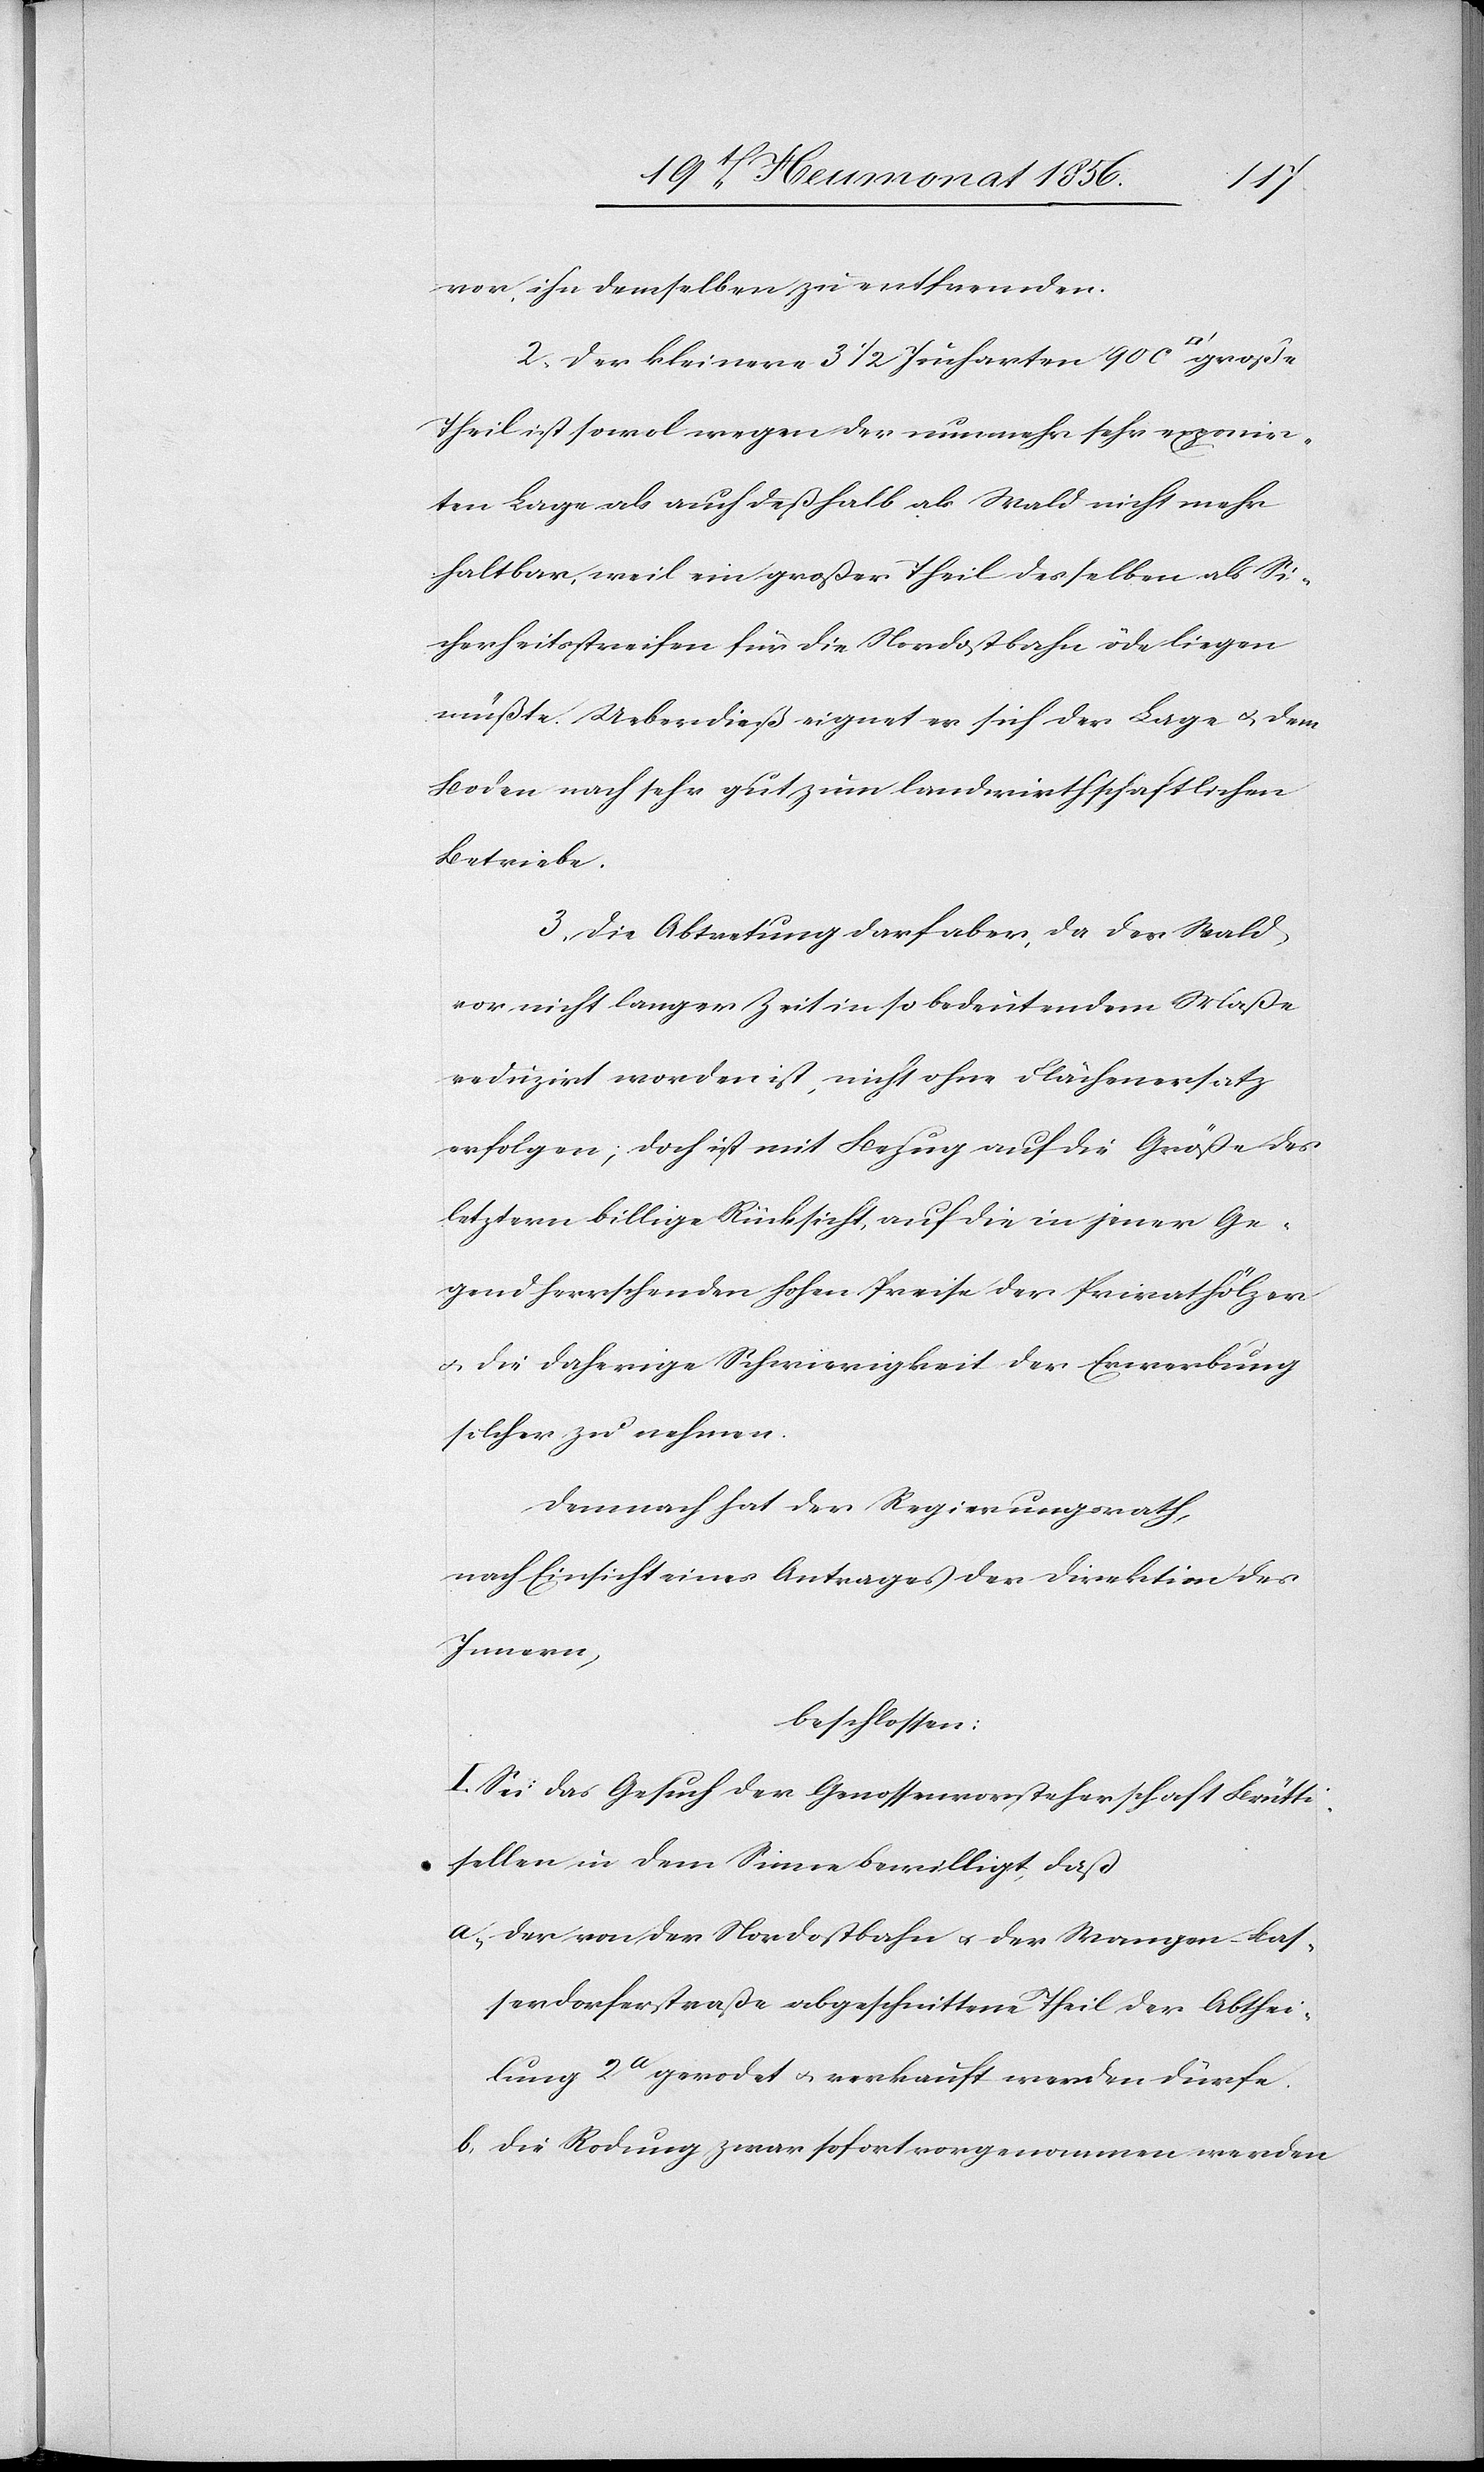
vor, ihn demselben zu entfremden.
2. Der kleinere 3 1/2 Jucharten 900
Theil ist sowol wegen der nunmehr sehr exponir¬
ten Lage als auch deßhalb als Wald nicht mehr
haltbar, weil ein großer Theil desselben als Si¬
cherheitsstreifen für die Nordostbahn öde liegen
müßte. Ueberdieß eignet er sich der Lage u. dem
Boden nach sehr gut zum landwirthschaftlichen
Betriebe.
3. Die Abtretung darf aber, da der Wald
vor nicht langer Zeit in so bedeutendem Maße
reduzirt worden ist, nicht ohne Flächenersatz
erfolgen; doch ist mit Bezug auf die Größe des
letztern billige Rücksicht, auf die in jener Ge¬
gend herrschenden hohen Preise der Privathölzer
u. die daherige Schwierigkeit der Erwerbung
solcher zu nehmen.
Demnach hat der Regierungsrath,
nach Einsicht eines Antrages der Direktion des
Innern,
beschlossen:
I. Sei das Gesuch der Genossenvorsteherschaft Brütti¬
sellen in dem Sinne bewilligt, daß
a. der von der Nordostbahn u. der Wangen-Bas¬
serdorferstraße abgeschnittene Theil der Abthei¬
lung 2a gerodet u. verkauft werden dürfe.
b. die Rodung zwar sofort vorgenommen werden